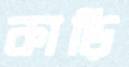
কাড়ি